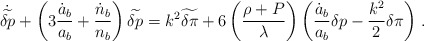
\begin{align*}\dot{\widetilde{\delta p}} + \left( 3{\dot{a}_b \over a_b} + {\dot{n}_b \over n_b} \right) \widetilde{\delta p} = k^2 \widetilde{\delta \pi}+ 6 \left( {\rho+P\over\lambda} \right) \left( {\dot{a}_b \over a_b} \delta p - {k^2 \over2}\delta\pi \right) \,.\end{align*}